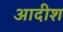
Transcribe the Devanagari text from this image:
आदीश